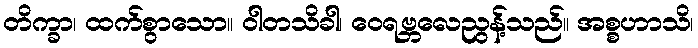
တိက္ခာ၊ ထက်စွာသော။ ဝါတသိခါ၊ ဝေရဗ္ဘလေညွန့်သည်။ အစ္စဟာသိ၊